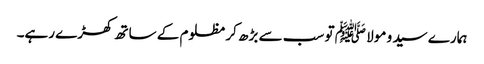
ہمارے سید و مولا ﷺ تو سب سے بڑھ کر مظلوم کے ساتھ کھڑے رہے۔